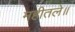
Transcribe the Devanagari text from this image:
महीतले॥